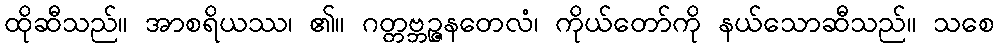
ထိုဆီသည်။ အာစရိယဿ၊ ၏။ ဂတ္တဗ္ဘဉ္ဇနတေလံ၊ ကိုယ်တော်ကို နယ်သောဆီသည်။ သစေ